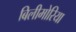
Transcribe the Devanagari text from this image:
बिलीमोरिया